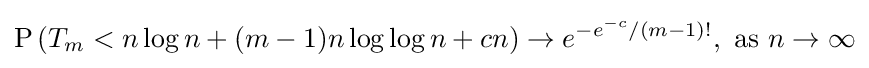
\operatorname {P} \left(T_{m}<n\log n+(m-1)n\log \log n+cn\right)\to e^{-e^{-c}/(m-1)!},{\text{ as }}n\to \infty